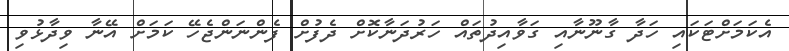
އެކަމަށްޓަކައި ހަދާ ގާނޫނާއި ގަވާއިދުތައް ހަރުދަނާކޮށް ދެފުށް ފެންނަންޖެހޭ ކަމަށް އޭނާ ވިދާޅުވި